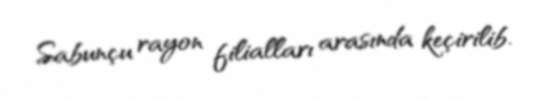
Sabunçu rayon filialları arasında keçirilib.